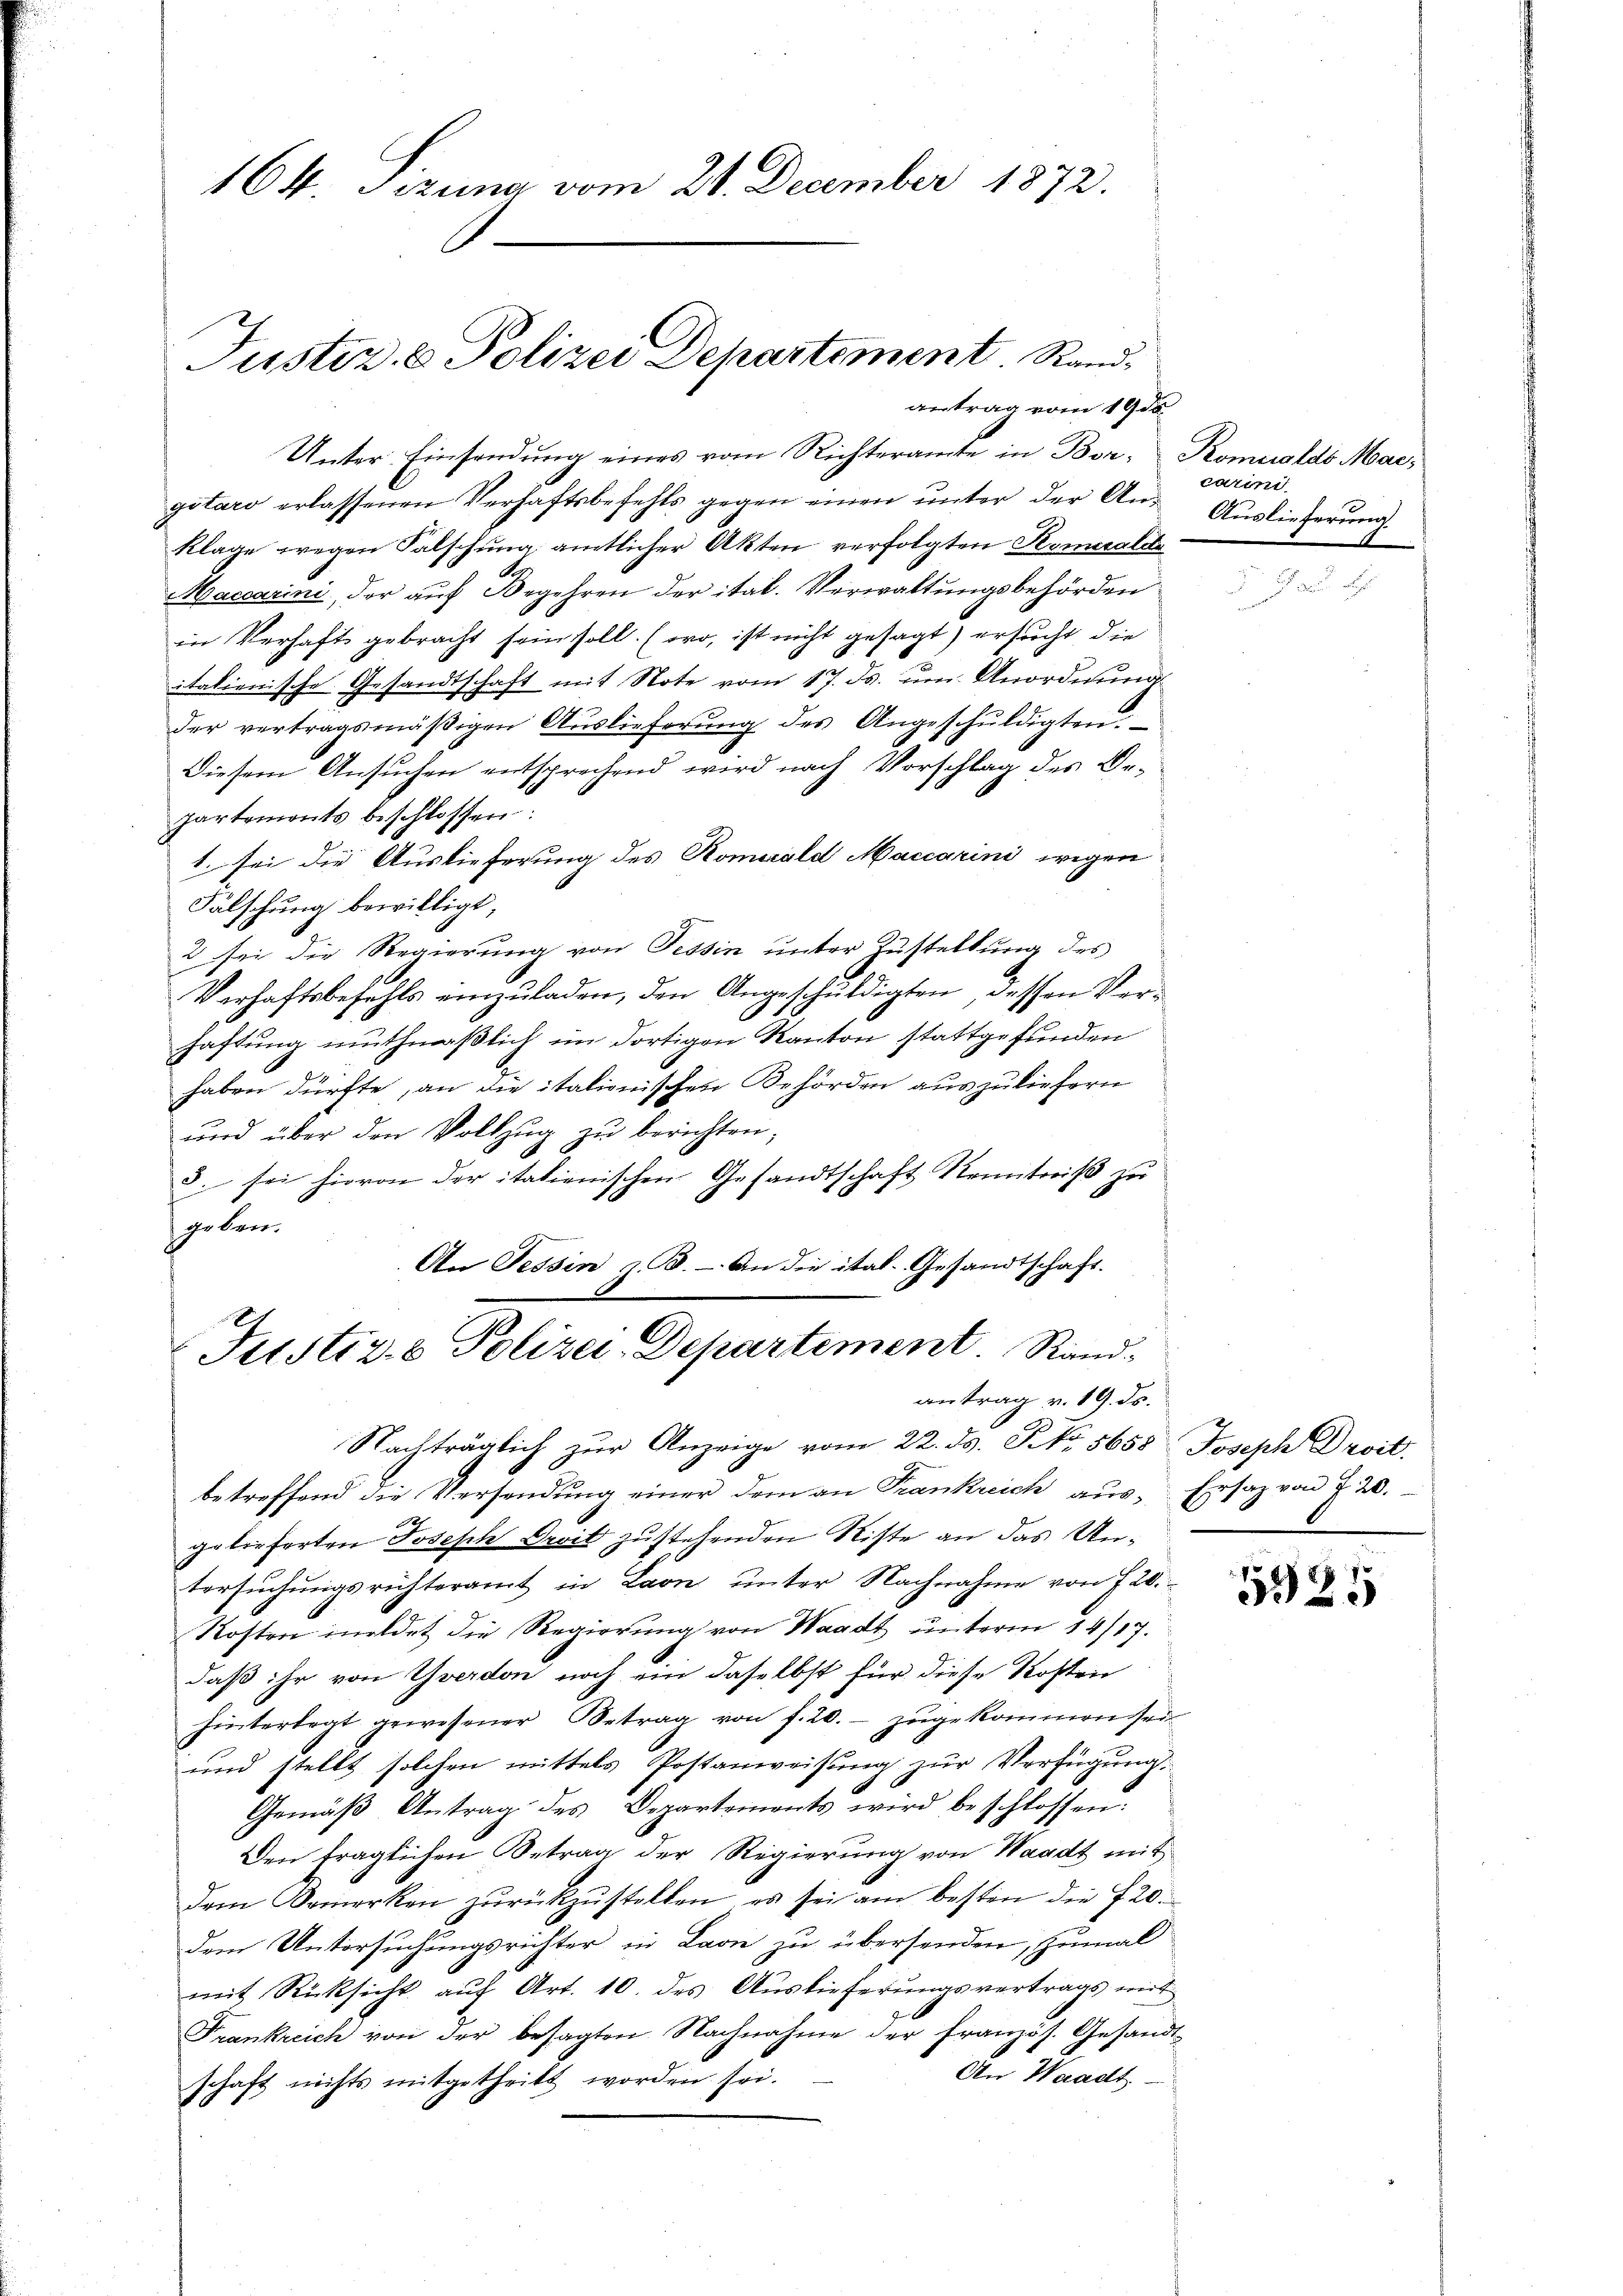
164. Sizung vom 28. December 1872.

Justiz & Polizei Departement. Sandantrag vom 19. ds.

Unter Einsendung eines vom Richteramte in Bor-Komialds Margitaro erlassenen Verhaftsbefehls gegen einen unter der An¬
Klage wegen Falschung amtlicher Akten verfolgten Komeraldi
Maccarini, der auf Begehren der ital. Verwaltungsbehörden
in Verhaft gebracht sein soll. (wo, ist nicht gesagt) ersucht, die
italienische Gesandtschaft mit Note vom 17. ds. um Anordnung
der vertragsmäßigen Auslieferung des Angeschuldigten
Diesem Ansuchen entsprechend wird nach Vorschlag des Bepartements beschlossen:
1. sei die Auslieferung des Komerald Maccarini wegen
Fälschung bewilligt,
2 sei die Regierŭng von Tessin ŭnter Zŭstellŭng des
Verhaftsbefehls einzuladen, den Angeschuldigten, dessen Verhaftung muthmaßlich im dortigen Kanton stattgefunden
haben dürfte, an die italionischen Behörden auszuliefern
und über den Vollzug zu berichten;
3. sei hievon der italienischen Gesandtschaft Kenntniß zu
geben.
An Tessin z. B. - An die ital- Gesandtschaft.
Justiz- & Polizei-Departement. Randantrag v. 19. ds.
Nachträglich zŭr Anzeige vom 22. ds. No. 5658 Joseph Droit.
betreffend die Versendung einer dem an Frankreich aus- Ersatz von 7 20.
gelieferten Joseph Droit zustehenden Riste an das Untersuchungsrichteramt in Larn unter Nachnahme von 720.
Kosten meldet die Regierung von Waadt unterm 14/17.
daß ihr von Yverdon noch ein daselbst für diese Kosten
hinterlegt gewesener Betrag von f. 20.- zŭgekommen sei
und stellt solchen mittels Postanweisung zur Verfügung.
Gemäβ Antrag des Departements wird beschlossen:
Den traglichen Betrag der Regierung von Waadt mit
dem Bemerken zŭrückzŭstellen, es sei am besten die 720.
dem Untersuchungsrichter in Laon zu übersenden, zumal
mit Rücksicht auf Art. 10. des Auslieferungsvertrags mit
Frankreich von der besagten Nachnahme der Französ. Gesandt¬
An Waadt
schaft nichts mitgetheilt worden sei.

carini
Auslieferung

5925